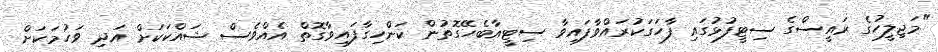
"މަޖިލީހުގެ ރައީސްގެ ސިޓީފުޅުގައި ފާހަގަކުރައްވާފައިވާ ސިޓީއާބެހޭގޮތުން ކަންހިގާފައިވާގޮތް އެއްވެސް ޝައްކަކަށް އަދި ވަހުމަކަށް